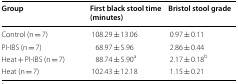
<table><thead><tr><td><b>Group</b></td><td><b>First black stool time (minutes)</b></td><td><b>Bristol stool grade</b></td></tr></thead><tbody><tr><td>Control (n = 7)</td><td>108.29 ± 13.06</td><td>0.97 ± 0.11</td></tr><tr><td>PI-IBS (n = 7)</td><td>68.97 ± 5.96</td><td>2.86 ± 0.44</td></tr><tr><td>Heat + PI-IBS (n = 7)</td><td>88.74 ± 5.90<sup>a</sup></td><td>2.17 ± 0.18<sup>b</sup></td></tr><tr><td>Heat (n = 7)</td><td>102.43 ± 12.18</td><td>1.15 ± 0.21</td></tr></tbody></table>